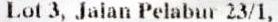
LOT 3, JALAN PELABUR 23/1,